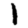
Digit: 1